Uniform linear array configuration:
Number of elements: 8
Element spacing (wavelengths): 0.75
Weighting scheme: kaiser
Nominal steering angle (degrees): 60
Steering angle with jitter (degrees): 60.257
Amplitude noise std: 0.05
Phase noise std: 0.05

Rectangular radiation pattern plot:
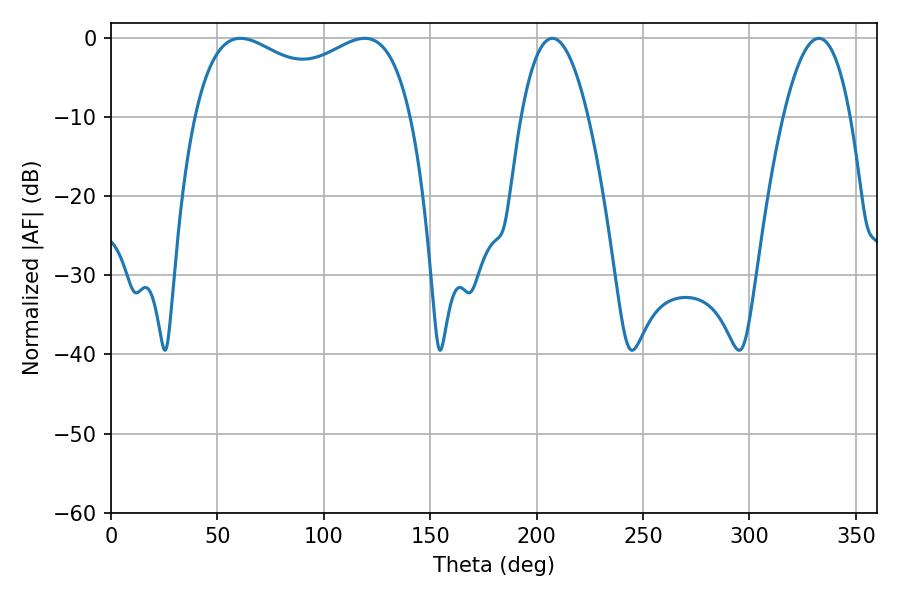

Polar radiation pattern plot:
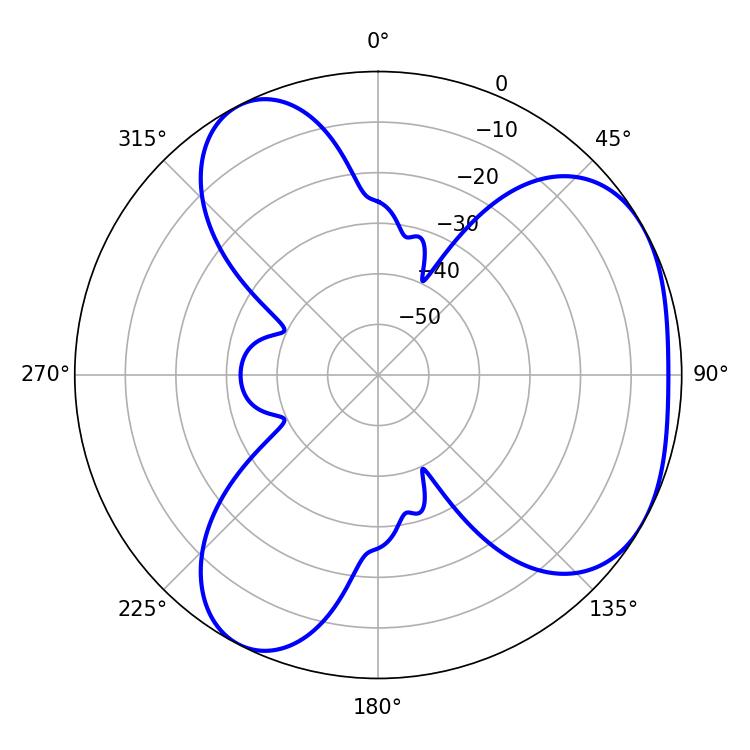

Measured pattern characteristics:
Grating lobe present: TRUE
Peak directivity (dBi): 4.052
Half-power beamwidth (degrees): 84.6
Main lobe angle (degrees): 60.84